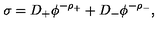
\sigma = D _ { + } \phi ^ { - \rho _ { + } } + D _ { - } \phi ^ { - \rho _ { - } } ,